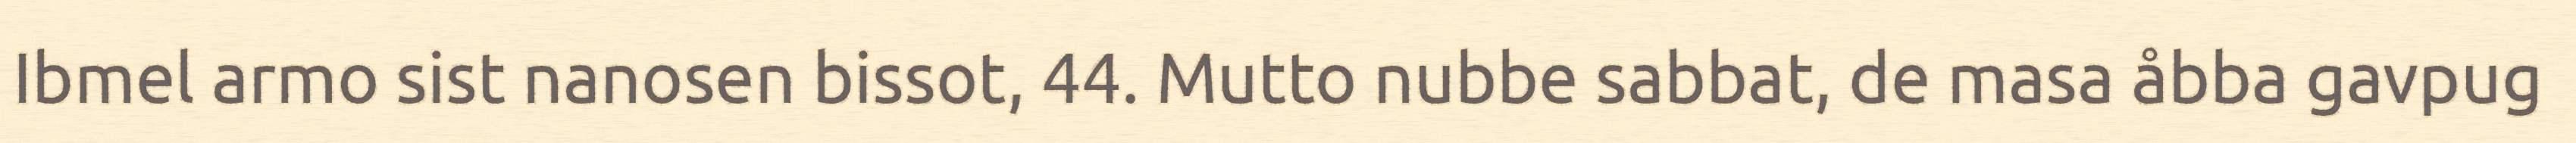
Ibmel armo sist nanosen bissot, 44. Mutto nubbe sabbat, de masa åbba gavpug